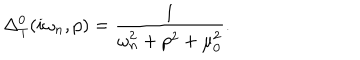
LaTeX: \Delta _ { T } ^ { 0 } ( i \omega _ { n } , p ) = \frac { 1 } { \omega _ { n } ^ { 2 } + p ^ { 2 } + \mu _ { 0 } ^ { 2 } } .